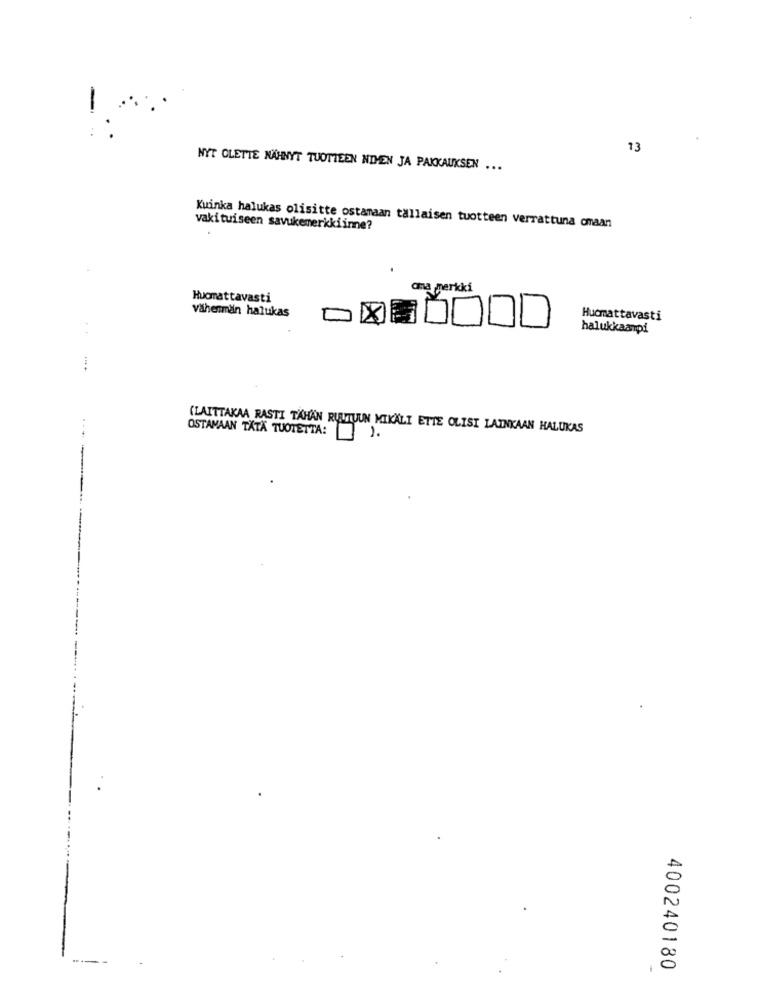
-
13
NYT OLETTE NÄHNYT TUOTTEEN NTHEN JA PAKKAUKSEN ...
vakituiseen savukemerkkiinne?
Kuinka halukas olisitte ostamaan tallaisen tuotteen verrattuna cmaan
ana merkki
Huomattavasti
Vähenmän halukas
Hucmattavasti
halukkaanpi
..
OSTAMAAN TÄTA TUOTETTA:
(LAITTAKAA RASTI TAHAN RUUTUUN MIKALI ETTE OLISI LAINKAAN HALUKAS
400240180